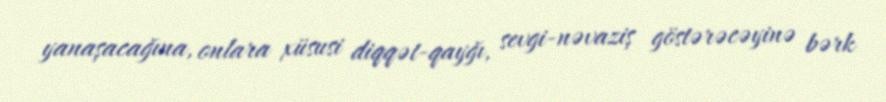
yanaşacağına, onlara xüsusi diqqət-qayğı, sevgi-nəvaziş göstərəcəyinə bərk